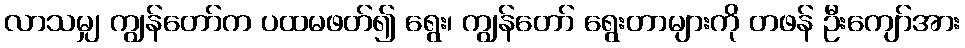
လာသမျှ ကျွန်တော်က ပထမဖတ်၍ ရွေး၊ ကျွန်တော် ရွေးတာများကို တဖန် ဦးကျော်အား